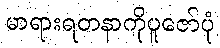
မာရားရတနာကိုပူဇော်ပုံ